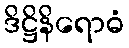
ဒိဋ္ဌိနိရောဓံ